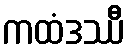
ကထံဒဿီ